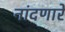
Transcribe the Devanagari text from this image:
नांदणारे